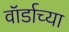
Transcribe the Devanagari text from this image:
वॉर्डाच्या